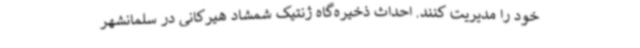
خود را مدیریت کنند. احداث ذخیره‌گاه ژنتیک شمشاد هیرکانی در سلمانشهر